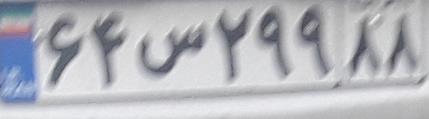
۶۴س۲۹۹۸۸